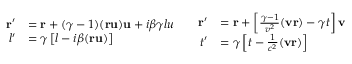
{ \begin{array} { c c } { { \begin{array} { r l } { \mathbf { r } ^ { \prime } } & { = \mathbf { r } + ( \gamma - 1 ) ( \mathbf { r u } ) \mathbf { u } + i \beta \gamma l u } \\ { l ^ { \prime } } & { = \gamma \left[ l - i \beta ( \mathbf { r u } ) \right] } \end{array} } } & { { \begin{array} { r l } { \mathbf { r } ^ { \prime } } & { = \mathbf { r } + \left[ { \frac { \gamma - 1 } { v ^ { 2 } } } ( \mathbf { v r } ) - \gamma t \right] \mathbf { v } } \\ { t ^ { \prime } } & { = \gamma \left[ t - { \frac { 1 } { c ^ { 2 } } } ( \mathbf { v r } ) \right] } \end{array} } } \end{array} }